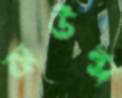
বাউন্স